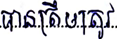
បានត្រឹមត្រូវ